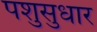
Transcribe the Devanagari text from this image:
पशुसुधार